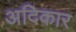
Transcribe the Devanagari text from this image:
अदिकार